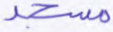
مسجد